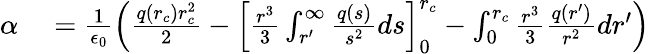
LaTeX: \begin{array}{rl}{\alpha}&{{}=\frac{1}{\epsilon_{0}}\left(\frac{q(r_{c})r_{c}^{2}}{2}-\left[\frac{r^{3}}{3}\int_{r^{\prime}}^{\infty}\frac{q(s)}{s^{2}}ds\right]_{0}^{r_{c}}-\int_{0}^{r_{c}}\frac{r^{3}}{3}\frac{q(r^{\prime})}{r^{2}}dr^{\prime}\right)}\end{array}